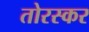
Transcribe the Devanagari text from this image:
तोरस्कर